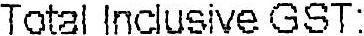
TOTAL INCLUSIVE GST: